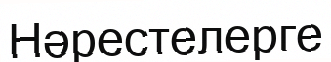
Нәрестелерге